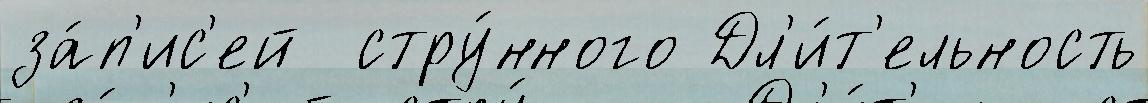
за́п'ис'ей  стру́нного Дл'и́т'ельность